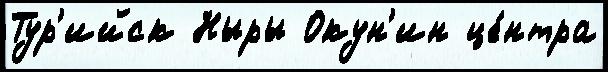
Тур'ийск Ныры Окун'ин це́нтра